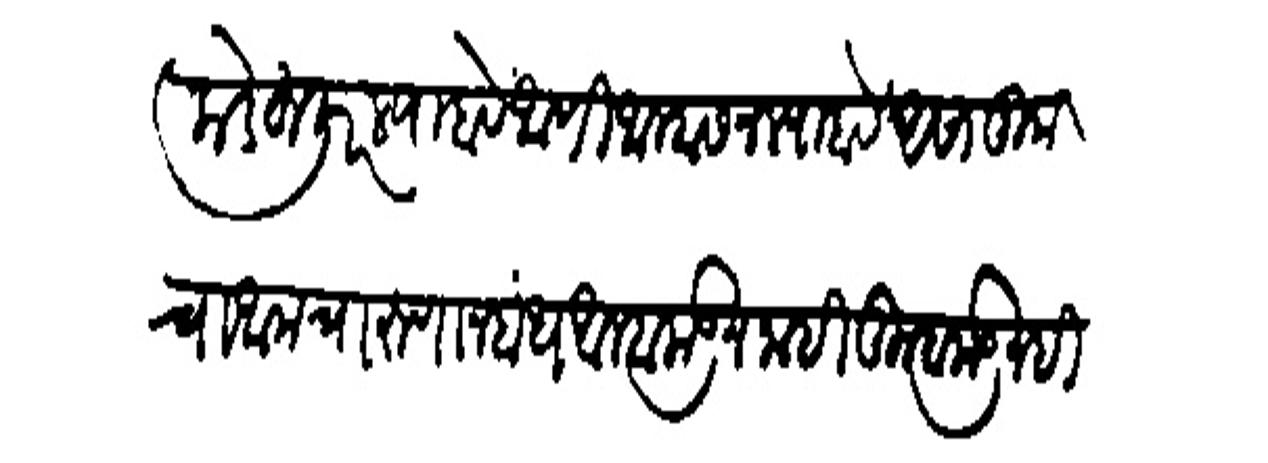
Transliteration (Devanagari): तिकडे हुजूर ल्याहावें आणि आम्हास न ल्याहावें असा तुमचा आमचा रुणानुबंध आम्हाकडून नाही तुम्हांकडूनही